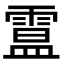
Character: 𩄅